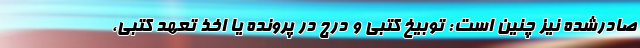
صادرشده نیز چنین است: توبیخ کتبی و درج در پرونده یا اخذ تعهد کتبی،